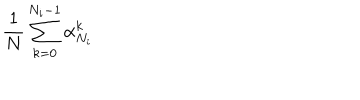
LaTeX: { \frac { 1 } { N } } \sum _ { k = 0 } ^ { N _ { i } - 1 } \alpha _ { N _ { i } } ^ { k }